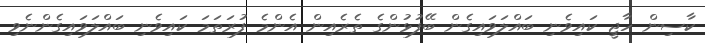
ކާސިން ހާޖީ ކައިވެނި ބައްލަވައިގެން ބޭފުޅުންގެ ތެރެއިން އެންމެ ފުރަތަމަ ކައިވެނި ބައްލަވައިގެންނެވި